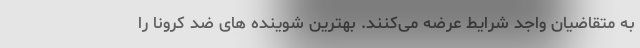
به متقاضیان واجد شرایط عرضه می‌کنند. بهترین شوینده های ضد کرونا را